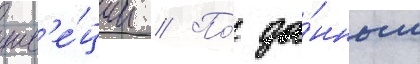
шв'е́ции // По́ да́нным